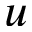
u